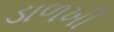
ડાળખી